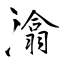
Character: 潝